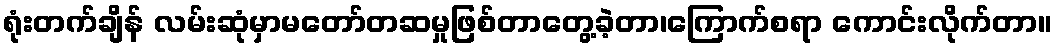
ရုံးတက်ချိန် လမ်းဆုံမှာမတော်တဆမှုဖြစ်တာတွေ့ခဲ့တာ၊ကြောက်စရာ ကောင်းလိုက်တာ။